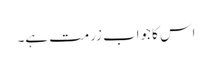
اس کا جواب زرمت ہے۔